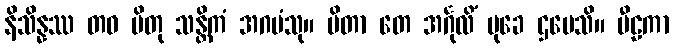
နိသိန္နဿ တဝ ပိတု သန္တိကံ အဂမံသု။ ပိတာ တေ အင်္ဂုလိံ မုခေ ဌပေသိ။ ပီဠကာ